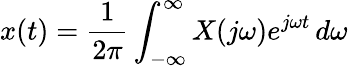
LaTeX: x(t)={\frac{1}{2\pi}}\int_{-\infty}^{\infty}X(j\omega)e^{j\omega t}\, d\omega